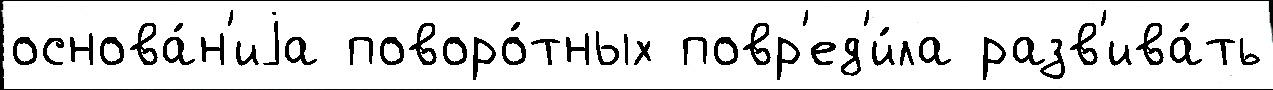
основа́н'иjа поворо́тных повр'ед'и́ла разв'ива́ть